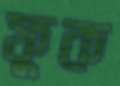
ফুক